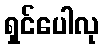
ရှင်ပေါလု